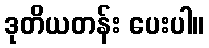
ဒုတိယတန်း ပေးပါ။